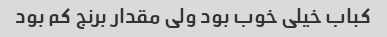
کباب خیلی خوب بود ولی مقدار برنج کم بود